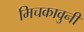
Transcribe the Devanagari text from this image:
मिचकावुनी